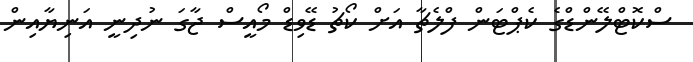
ސްކޮޓްލޭންޑްގެ ކެޕްޓަން ފްލެޗާ އަށް ކޯޗު ޑޭވިޑް މޯއީސް ޖާގަ ނުދިނީ އަނިޔާއިން